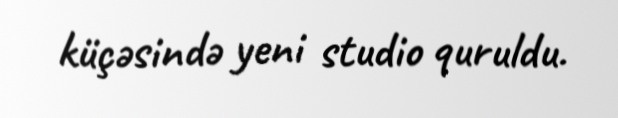
küçəsində yeni studio quruldu.